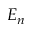
E _ { n }